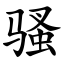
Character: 骚